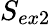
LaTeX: S_{ex2}